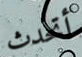
أتحدث